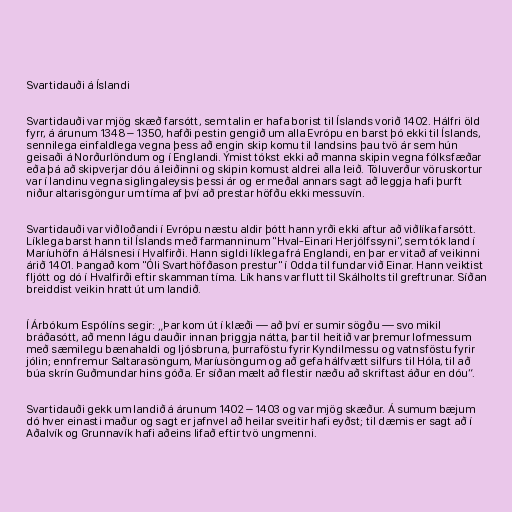
Svartidauði á Íslandi

Svartidauði var mjög skæð farsótt, sem talin er hafa borist til Íslands vorið 1402. Hálfri öld
fyrr, á árunum 1348 – 1350, hafði pestin gengið um alla Evrópu en barst þó ekki til Íslands,
sennilega einfaldlega vegna þess að engin skip komu til landsins þau tvö ár sem hún
geisaði á Norðurlöndum og í Englandi. Ýmist tókst ekki að manna skipin vegna fólksfæðar
eða þá að skipverjar dóu á leiðinni og skipin komust aldrei alla leið. Töluverður vöruskortur
var í landinu vegna siglingaleysis þessi ár og er meðal annars sagt að leggja hafi þurft
niður altarisgöngur um tíma af því að prestar höfðu ekki messuvín.

Svartidauði var viðloðandi í Evrópu næstu aldir þótt hann yrði ekki aftur að viðlíka farsótt.
Líklega barst hann til Íslands með farmanninum "Hval-Einari Herjólfssyni", sem tók land í
Maríuhöfn á Hálsnesi í Hvalfirði. Hann sigldi líklega frá Englandi, en þar er vitað af veikinni
árið 1401. Þangað kom "Óli Svarthöfðason prestur" í Odda til fundar við Einar. Hann veiktist
fljótt og dó í Hvalfirði eftir skamman tíma. Lík hans var flutt til Skálholts til greftrunar. Síðan
breiddist veikin hratt út um landið.

Í Árbókum Espólíns segir: „Þar kom út í klæði — að því er sumir sögðu — svo mikil
bráðasótt, að menn lágu dauðir innan þriggja nátta, þar til heitið var þremur lofmessum
með sæmilegu bænahaldi og ljósbruna, þurraföstu fyrir Kyndilmessu og vatnsföstu fyrir
jólin; ennfremur Saltarasöngum, Maríusöngum og að gefa hálfvætt silfurs til Hóla, til að
búa skrín Guðmundar hins góða. Er síðan mælt að flestir næðu að skriftast áður en dóu“.

Svartidauði gekk um landið á árunum 1402 – 1403 og var mjög skæður. Á sumum bæjum
dó hver einasti maður og sagt er jafnvel að heilar sveitir hafi eyðst; til dæmis er sagt að í
Aðalvík og Grunnavík hafi aðeins lifað eftir tvö ungmenni.